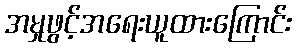
အမှုဖွင့်အရေးယူထားကြောင်း